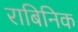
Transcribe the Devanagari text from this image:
राबिनिक